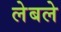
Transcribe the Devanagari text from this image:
लेबले